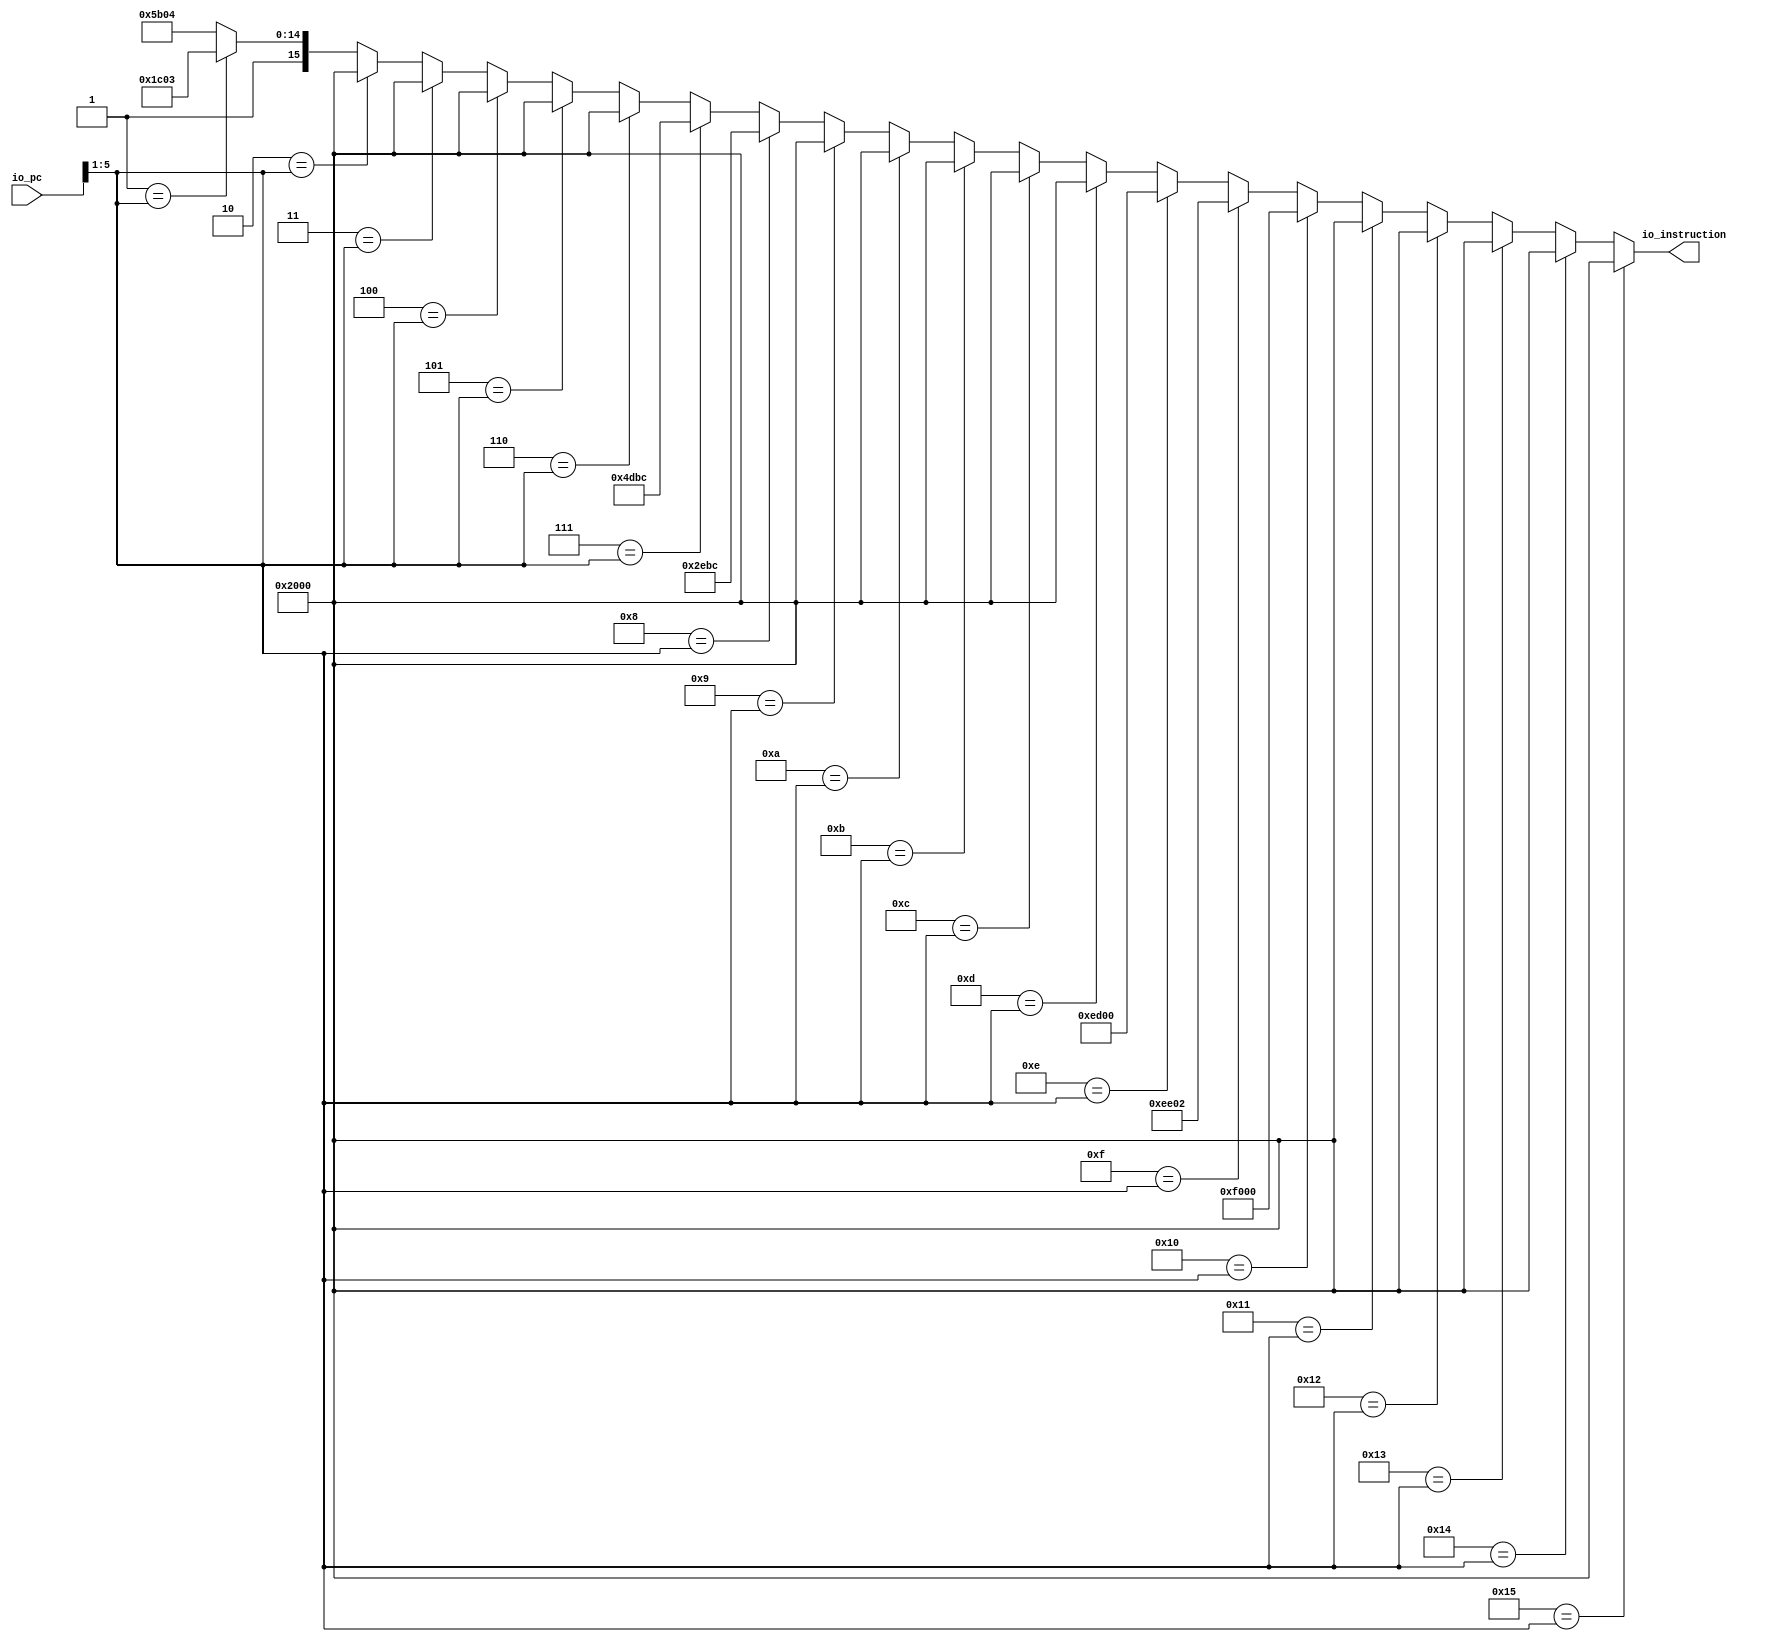
module InstructionMemory(
  input  [15:0] io_pc,
  output [15:0] io_instruction
);
  wire [15:0] _GEN_1 = 5'h1 == io_pc[5:1] ? 16'h9c03 : 16'hdb04; // @[InstructionMemory.scala 17:{18,18}]
  wire [15:0] _GEN_2 = 5'h2 == io_pc[5:1] ? 16'h2000 : _GEN_1; // @[InstructionMemory.scala 17:{18,18}]
  wire [15:0] _GEN_3 = 5'h3 == io_pc[5:1] ? 16'h2000 : _GEN_2; // @[InstructionMemory.scala 17:{18,18}]
  wire [15:0] _GEN_4 = 5'h4 == io_pc[5:1] ? 16'h2000 : _GEN_3; // @[InstructionMemory.scala 17:{18,18}]
  wire [15:0] _GEN_5 = 5'h5 == io_pc[5:1] ? 16'h2000 : _GEN_4; // @[InstructionMemory.scala 17:{18,18}]
  wire [15:0] _GEN_6 = 5'h6 == io_pc[5:1] ? 16'h2000 : _GEN_5; // @[InstructionMemory.scala 17:{18,18}]
  wire [15:0] _GEN_7 = 5'h7 == io_pc[5:1] ? 16'h4dbc : _GEN_6; // @[InstructionMemory.scala 17:{18,18}]
  wire [15:0] _GEN_8 = 5'h8 == io_pc[5:1] ? 16'h2ebc : _GEN_7; // @[InstructionMemory.scala 17:{18,18}]
  wire [15:0] _GEN_9 = 5'h9 == io_pc[5:1] ? 16'h2000 : _GEN_8; // @[InstructionMemory.scala 17:{18,18}]
  wire [15:0] _GEN_10 = 5'ha == io_pc[5:1] ? 16'h2000 : _GEN_9; // @[InstructionMemory.scala 17:{18,18}]
  wire [15:0] _GEN_11 = 5'hb == io_pc[5:1] ? 16'h2000 : _GEN_10; // @[InstructionMemory.scala 17:{18,18}]
  wire [15:0] _GEN_12 = 5'hc == io_pc[5:1] ? 16'h2000 : _GEN_11; // @[InstructionMemory.scala 17:{18,18}]
  wire [15:0] _GEN_13 = 5'hd == io_pc[5:1] ? 16'h2000 : _GEN_12; // @[InstructionMemory.scala 17:{18,18}]
  wire [15:0] _GEN_14 = 5'he == io_pc[5:1] ? 16'hed00 : _GEN_13; // @[InstructionMemory.scala 17:{18,18}]
  wire [15:0] _GEN_15 = 5'hf == io_pc[5:1] ? 16'hee02 : _GEN_14; // @[InstructionMemory.scala 17:{18,18}]
  wire [15:0] _GEN_16 = 5'h10 == io_pc[5:1] ? 16'hf000 : _GEN_15; // @[InstructionMemory.scala 17:{18,18}]
  wire [15:0] _GEN_17 = 5'h11 == io_pc[5:1] ? 16'h2000 : _GEN_16; // @[InstructionMemory.scala 17:{18,18}]
  wire [15:0] _GEN_18 = 5'h12 == io_pc[5:1] ? 16'h2000 : _GEN_17; // @[InstructionMemory.scala 17:{18,18}]
  wire [15:0] _GEN_19 = 5'h13 == io_pc[5:1] ? 16'h2000 : _GEN_18; // @[InstructionMemory.scala 17:{18,18}]
  wire [15:0] _GEN_20 = 5'h14 == io_pc[5:1] ? 16'h2000 : _GEN_19; // @[InstructionMemory.scala 17:{18,18}]
  assign io_instruction = 5'h15 == io_pc[5:1] ? 16'h2000 : _GEN_20; // @[InstructionMemory.scala 17:{18,18}]
endmodule
module FetchStage(
  input         clock,
  input         reset,
  input         io_branch_enable,
  input  [15:0] io_branch_pc,
  output [15:0] io_f2d_pc,
  output [15:0] io_f2d_instruction
);
`ifdef RANDOMIZE_REG_INIT
  reg [31:0] _RAND_0;
  reg [31:0] _RAND_1;
`endif // RANDOMIZE_REG_INIT
  wire [15:0] instructionMemory_io_pc; // @[FetchStage.scala 24:33]
  wire [15:0] instructionMemory_io_instruction; // @[FetchStage.scala 24:33]
  reg [15:0] pcReg; // @[FetchStage.scala 20:22]
  wire [15:0] _pc_T_1 = pcReg + 16'h2; // @[FetchStage.scala 21:54]
  reg [15:0] io_f2d_instruction_REG; // @[FetchStage.scala 28:32]
  InstructionMemory instructionMemory ( // @[FetchStage.scala 24:33]
    .io_pc(instructionMemory_io_pc),
    .io_instruction(instructionMemory_io_instruction)
  );
  assign io_f2d_pc = pcReg; // @[FetchStage.scala 27:13]
  assign io_f2d_instruction = io_f2d_instruction_REG; // @[FetchStage.scala 28:22]
  assign instructionMemory_io_pc = io_branch_enable ? io_branch_pc : _pc_T_1; // @[FetchStage.scala 21:15]
  always @(posedge clock) begin
    if (reset) begin // @[FetchStage.scala 20:22]
      pcReg <= 16'hfffe; // @[FetchStage.scala 20:22]
    end else if (io_branch_enable) begin // @[FetchStage.scala 21:15]
      pcReg <= io_branch_pc;
    end else begin
      pcReg <= _pc_T_1;
    end
    io_f2d_instruction_REG <= instructionMemory_io_instruction; // @[FetchStage.scala 28:32]
  end
// Register and memory initialization
`ifdef RANDOMIZE_GARBAGE_ASSIGN
`define RANDOMIZE
`endif
`ifdef RANDOMIZE_INVALID_ASSIGN
`define RANDOMIZE
`endif
`ifdef RANDOMIZE_REG_INIT
`define RANDOMIZE
`endif
`ifdef RANDOMIZE_MEM_INIT
`define RANDOMIZE
`endif
`ifndef RANDOM
`define RANDOM $random
`endif
`ifdef RANDOMIZE_MEM_INIT
  integer initvar;
`endif
`ifndef SYNTHESIS
`ifdef FIRRTL_BEFORE_INITIAL
`FIRRTL_BEFORE_INITIAL
`endif
initial begin
  `ifdef RANDOMIZE
    `ifdef INIT_RANDOM
      `INIT_RANDOM
    `endif
    `ifndef VERILATOR
      `ifdef RANDOMIZE_DELAY
        #`RANDOMIZE_DELAY begin end
      `else
        #0.002 begin end
      `endif
    `endif
`ifdef RANDOMIZE_REG_INIT
  _RAND_0 = {1{`RANDOM}};
  pcReg = _RAND_0[15:0];
  _RAND_1 = {1{`RANDOM}};
  io_f2d_instruction_REG = _RAND_1[15:0];
`endif // RANDOMIZE_REG_INIT
  `endif // RANDOMIZE
end // initial
`ifdef FIRRTL_AFTER_INITIAL
`FIRRTL_AFTER_INITIAL
`endif
`endif // SYNTHESIS
endmodule
module DecodeStage(
  input         clock,
  input         reset,
  input  [15:0] io_f2d_pc,
  input  [15:0] io_f2d_instruction,
  output [15:0] io_d2e_pc,
  output [15:0] io_d2e_instruction,
  output [15:0] io_d2e_rs1,
  output [15:0] io_d2e_rs2,
  input  [15:0] io_m2w_rd,
  input  [3:0]  io_m2w_rdAdress,
  input         io_m2w_writeBack
);
`ifdef RANDOMIZE_REG_INIT
  reg [31:0] _RAND_0;
  reg [31:0] _RAND_1;
  reg [31:0] _RAND_2;
  reg [31:0] _RAND_3;
  reg [31:0] _RAND_4;
  reg [31:0] _RAND_5;
  reg [31:0] _RAND_6;
  reg [31:0] _RAND_7;
  reg [31:0] _RAND_8;
  reg [31:0] _RAND_9;
  reg [31:0] _RAND_10;
  reg [31:0] _RAND_11;
  reg [31:0] _RAND_12;
  reg [31:0] _RAND_13;
  reg [31:0] _RAND_14;
  reg [31:0] _RAND_15;
  reg [31:0] _RAND_16;
  reg [31:0] _RAND_17;
  reg [31:0] _RAND_18;
  reg [31:0] _RAND_19;
`endif // RANDOMIZE_REG_INIT
  reg [15:0] registerFile_0; // @[DecodeStage.scala 18:29]
  reg [15:0] registerFile_1; // @[DecodeStage.scala 18:29]
  reg [15:0] registerFile_2; // @[DecodeStage.scala 18:29]
  reg [15:0] registerFile_3; // @[DecodeStage.scala 18:29]
  reg [15:0] registerFile_4; // @[DecodeStage.scala 18:29]
  reg [15:0] registerFile_5; // @[DecodeStage.scala 18:29]
  reg [15:0] registerFile_6; // @[DecodeStage.scala 18:29]
  reg [15:0] registerFile_7; // @[DecodeStage.scala 18:29]
  reg [15:0] registerFile_8; // @[DecodeStage.scala 18:29]
  reg [15:0] registerFile_9; // @[DecodeStage.scala 18:29]
  reg [15:0] registerFile_10; // @[DecodeStage.scala 18:29]
  reg [15:0] registerFile_11; // @[DecodeStage.scala 18:29]
  reg [15:0] registerFile_12; // @[DecodeStage.scala 18:29]
  reg [15:0] registerFile_13; // @[DecodeStage.scala 18:29]
  reg [15:0] registerFile_14; // @[DecodeStage.scala 18:29]
  reg [15:0] registerFile_15; // @[DecodeStage.scala 18:29]
  wire [3:0] opcode = io_f2d_instruction[15:12]; // @[DecodeStage.scala 22:27]
  reg [15:0] d2eReg_pc; // @[DecodeStage.scala 25:19]
  reg [15:0] d2eReg_instruction; // @[DecodeStage.scala 25:19]
  reg [15:0] d2eReg_rs1; // @[DecodeStage.scala 25:19]
  reg [15:0] d2eReg_rs2; // @[DecodeStage.scala 25:19]
  wire [3:0] _d2eReg_rs1_T_3 = opcode[3] ? io_f2d_instruction[7:4] : io_f2d_instruction[11:8]; // @[DecodeStage.scala 29:33]
  wire [15:0] _GEN_1 = 4'h1 == _d2eReg_rs1_T_3 ? registerFile_1 : registerFile_0; // @[DecodeStage.scala 29:{14,14}]
  wire [15:0] _GEN_2 = 4'h2 == _d2eReg_rs1_T_3 ? registerFile_2 : _GEN_1; // @[DecodeStage.scala 29:{14,14}]
  wire [15:0] _GEN_3 = 4'h3 == _d2eReg_rs1_T_3 ? registerFile_3 : _GEN_2; // @[DecodeStage.scala 29:{14,14}]
  wire [15:0] _GEN_4 = 4'h4 == _d2eReg_rs1_T_3 ? registerFile_4 : _GEN_3; // @[DecodeStage.scala 29:{14,14}]
  wire [15:0] _GEN_5 = 4'h5 == _d2eReg_rs1_T_3 ? registerFile_5 : _GEN_4; // @[DecodeStage.scala 29:{14,14}]
  wire [15:0] _GEN_6 = 4'h6 == _d2eReg_rs1_T_3 ? registerFile_6 : _GEN_5; // @[DecodeStage.scala 29:{14,14}]
  wire [15:0] _GEN_7 = 4'h7 == _d2eReg_rs1_T_3 ? registerFile_7 : _GEN_6; // @[DecodeStage.scala 29:{14,14}]
  wire [15:0] _GEN_8 = 4'h8 == _d2eReg_rs1_T_3 ? registerFile_8 : _GEN_7; // @[DecodeStage.scala 29:{14,14}]
  wire [15:0] _GEN_9 = 4'h9 == _d2eReg_rs1_T_3 ? registerFile_9 : _GEN_8; // @[DecodeStage.scala 29:{14,14}]
  wire [15:0] _GEN_10 = 4'ha == _d2eReg_rs1_T_3 ? registerFile_10 : _GEN_9; // @[DecodeStage.scala 29:{14,14}]
  wire [15:0] _GEN_11 = 4'hb == _d2eReg_rs1_T_3 ? registerFile_11 : _GEN_10; // @[DecodeStage.scala 29:{14,14}]
  wire [15:0] _GEN_17 = 4'h1 == io_f2d_instruction[3:0] ? registerFile_1 : registerFile_0; // @[DecodeStage.scala 30:{14,14}]
  wire [15:0] _GEN_18 = 4'h2 == io_f2d_instruction[3:0] ? registerFile_2 : _GEN_17; // @[DecodeStage.scala 30:{14,14}]
  wire [15:0] _GEN_19 = 4'h3 == io_f2d_instruction[3:0] ? registerFile_3 : _GEN_18; // @[DecodeStage.scala 30:{14,14}]
  wire [15:0] _GEN_20 = 4'h4 == io_f2d_instruction[3:0] ? registerFile_4 : _GEN_19; // @[DecodeStage.scala 30:{14,14}]
  wire [15:0] _GEN_21 = 4'h5 == io_f2d_instruction[3:0] ? registerFile_5 : _GEN_20; // @[DecodeStage.scala 30:{14,14}]
  wire [15:0] _GEN_22 = 4'h6 == io_f2d_instruction[3:0] ? registerFile_6 : _GEN_21; // @[DecodeStage.scala 30:{14,14}]
  wire [15:0] _GEN_23 = 4'h7 == io_f2d_instruction[3:0] ? registerFile_7 : _GEN_22; // @[DecodeStage.scala 30:{14,14}]
  wire [15:0] _GEN_24 = 4'h8 == io_f2d_instruction[3:0] ? registerFile_8 : _GEN_23; // @[DecodeStage.scala 30:{14,14}]
  wire [15:0] _GEN_25 = 4'h9 == io_f2d_instruction[3:0] ? registerFile_9 : _GEN_24; // @[DecodeStage.scala 30:{14,14}]
  wire [15:0] _GEN_26 = 4'ha == io_f2d_instruction[3:0] ? registerFile_10 : _GEN_25; // @[DecodeStage.scala 30:{14,14}]
  wire [15:0] _GEN_27 = 4'hb == io_f2d_instruction[3:0] ? registerFile_11 : _GEN_26; // @[DecodeStage.scala 30:{14,14}]
  assign io_d2e_pc = d2eReg_pc; // @[DecodeStage.scala 26:10]
  assign io_d2e_instruction = d2eReg_instruction; // @[DecodeStage.scala 26:10]
  assign io_d2e_rs1 = d2eReg_rs1; // @[DecodeStage.scala 26:10]
  assign io_d2e_rs2 = d2eReg_rs2; // @[DecodeStage.scala 26:10]
  always @(posedge clock) begin
    if (reset) begin // @[DecodeStage.scala 18:29]
      registerFile_0 <= 16'h0; // @[DecodeStage.scala 18:29]
    end else if (io_m2w_writeBack) begin // @[DecodeStage.scala 36:27]
      if (4'h0 == io_m2w_rdAdress) begin // @[DecodeStage.scala 37:36]
        registerFile_0 <= io_m2w_rd; // @[DecodeStage.scala 37:36]
      end
    end
    if (reset) begin // @[DecodeStage.scala 18:29]
      registerFile_1 <= 16'h0; // @[DecodeStage.scala 18:29]
    end else if (io_m2w_writeBack) begin // @[DecodeStage.scala 36:27]
      if (4'h1 == io_m2w_rdAdress) begin // @[DecodeStage.scala 37:36]
        registerFile_1 <= io_m2w_rd; // @[DecodeStage.scala 37:36]
      end
    end
    if (reset) begin // @[DecodeStage.scala 18:29]
      registerFile_2 <= 16'h0; // @[DecodeStage.scala 18:29]
    end else if (io_m2w_writeBack) begin // @[DecodeStage.scala 36:27]
      if (4'h2 == io_m2w_rdAdress) begin // @[DecodeStage.scala 37:36]
        registerFile_2 <= io_m2w_rd; // @[DecodeStage.scala 37:36]
      end
    end
    if (reset) begin // @[DecodeStage.scala 18:29]
      registerFile_3 <= 16'h0; // @[DecodeStage.scala 18:29]
    end else if (io_m2w_writeBack) begin // @[DecodeStage.scala 36:27]
      if (4'h3 == io_m2w_rdAdress) begin // @[DecodeStage.scala 37:36]
        registerFile_3 <= io_m2w_rd; // @[DecodeStage.scala 37:36]
      end
    end
    if (reset) begin // @[DecodeStage.scala 18:29]
      registerFile_4 <= 16'h0; // @[DecodeStage.scala 18:29]
    end else if (io_m2w_writeBack) begin // @[DecodeStage.scala 36:27]
      if (4'h4 == io_m2w_rdAdress) begin // @[DecodeStage.scala 37:36]
        registerFile_4 <= io_m2w_rd; // @[DecodeStage.scala 37:36]
      end
    end
    if (reset) begin // @[DecodeStage.scala 18:29]
      registerFile_5 <= 16'h0; // @[DecodeStage.scala 18:29]
    end else if (io_m2w_writeBack) begin // @[DecodeStage.scala 36:27]
      if (4'h5 == io_m2w_rdAdress) begin // @[DecodeStage.scala 37:36]
        registerFile_5 <= io_m2w_rd; // @[DecodeStage.scala 37:36]
      end
    end
    if (reset) begin // @[DecodeStage.scala 18:29]
      registerFile_6 <= 16'h0; // @[DecodeStage.scala 18:29]
    end else if (io_m2w_writeBack) begin // @[DecodeStage.scala 36:27]
      if (4'h6 == io_m2w_rdAdress) begin // @[DecodeStage.scala 37:36]
        registerFile_6 <= io_m2w_rd; // @[DecodeStage.scala 37:36]
      end
    end
    if (reset) begin // @[DecodeStage.scala 18:29]
      registerFile_7 <= 16'h0; // @[DecodeStage.scala 18:29]
    end else if (io_m2w_writeBack) begin // @[DecodeStage.scala 36:27]
      if (4'h7 == io_m2w_rdAdress) begin // @[DecodeStage.scala 37:36]
        registerFile_7 <= io_m2w_rd; // @[DecodeStage.scala 37:36]
      end
    end
    if (reset) begin // @[DecodeStage.scala 18:29]
      registerFile_8 <= 16'h0; // @[DecodeStage.scala 18:29]
    end else if (io_m2w_writeBack) begin // @[DecodeStage.scala 36:27]
      if (4'h8 == io_m2w_rdAdress) begin // @[DecodeStage.scala 37:36]
        registerFile_8 <= io_m2w_rd; // @[DecodeStage.scala 37:36]
      end
    end
    if (reset) begin // @[DecodeStage.scala 18:29]
      registerFile_9 <= 16'h0; // @[DecodeStage.scala 18:29]
    end else if (io_m2w_writeBack) begin // @[DecodeStage.scala 36:27]
      if (4'h9 == io_m2w_rdAdress) begin // @[DecodeStage.scala 37:36]
        registerFile_9 <= io_m2w_rd; // @[DecodeStage.scala 37:36]
      end
    end
    if (reset) begin // @[DecodeStage.scala 18:29]
      registerFile_10 <= 16'h0; // @[DecodeStage.scala 18:29]
    end else if (io_m2w_writeBack) begin // @[DecodeStage.scala 36:27]
      if (4'ha == io_m2w_rdAdress) begin // @[DecodeStage.scala 37:36]
        registerFile_10 <= io_m2w_rd; // @[DecodeStage.scala 37:36]
      end
    end
    if (reset) begin // @[DecodeStage.scala 18:29]
      registerFile_11 <= 16'h0; // @[DecodeStage.scala 18:29]
    end else if (io_m2w_writeBack) begin // @[DecodeStage.scala 36:27]
      if (4'hb == io_m2w_rdAdress) begin // @[DecodeStage.scala 37:36]
        registerFile_11 <= io_m2w_rd; // @[DecodeStage.scala 37:36]
      end
    end
    if (reset) begin // @[DecodeStage.scala 18:29]
      registerFile_12 <= 16'h0; // @[DecodeStage.scala 18:29]
    end else if (io_m2w_writeBack) begin // @[DecodeStage.scala 36:27]
      if (4'hc == io_m2w_rdAdress) begin // @[DecodeStage.scala 37:36]
        registerFile_12 <= io_m2w_rd; // @[DecodeStage.scala 37:36]
      end
    end
    if (reset) begin // @[DecodeStage.scala 18:29]
      registerFile_13 <= 16'h0; // @[DecodeStage.scala 18:29]
    end else if (io_m2w_writeBack) begin // @[DecodeStage.scala 36:27]
      if (4'hd == io_m2w_rdAdress) begin // @[DecodeStage.scala 37:36]
        registerFile_13 <= io_m2w_rd; // @[DecodeStage.scala 37:36]
      end
    end
    if (reset) begin // @[DecodeStage.scala 18:29]
      registerFile_14 <= 16'h0; // @[DecodeStage.scala 18:29]
    end else if (io_m2w_writeBack) begin // @[DecodeStage.scala 36:27]
      if (4'he == io_m2w_rdAdress) begin // @[DecodeStage.scala 37:36]
        registerFile_14 <= io_m2w_rd; // @[DecodeStage.scala 37:36]
      end
    end
    if (reset) begin // @[DecodeStage.scala 18:29]
      registerFile_15 <= 16'h0; // @[DecodeStage.scala 18:29]
    end else if (io_m2w_writeBack) begin // @[DecodeStage.scala 36:27]
      if (4'hf == io_m2w_rdAdress) begin // @[DecodeStage.scala 37:36]
        registerFile_15 <= io_m2w_rd; // @[DecodeStage.scala 37:36]
      end
    end
    d2eReg_pc <= io_f2d_pc; // @[DecodeStage.scala 27:13]
    d2eReg_instruction <= io_f2d_instruction; // @[DecodeStage.scala 28:22]
    if (4'hf == _d2eReg_rs1_T_3) begin // @[DecodeStage.scala 29:14]
      d2eReg_rs1 <= registerFile_15; // @[DecodeStage.scala 29:14]
    end else if (4'he == _d2eReg_rs1_T_3) begin // @[DecodeStage.scala 29:14]
      d2eReg_rs1 <= registerFile_14; // @[DecodeStage.scala 29:14]
    end else if (4'hd == _d2eReg_rs1_T_3) begin // @[DecodeStage.scala 29:14]
      d2eReg_rs1 <= registerFile_13; // @[DecodeStage.scala 29:14]
    end else if (4'hc == _d2eReg_rs1_T_3) begin // @[DecodeStage.scala 29:14]
      d2eReg_rs1 <= registerFile_12; // @[DecodeStage.scala 29:14]
    end else begin
      d2eReg_rs1 <= _GEN_11;
    end
    if (4'hf == io_f2d_instruction[3:0]) begin // @[DecodeStage.scala 30:14]
      d2eReg_rs2 <= registerFile_15; // @[DecodeStage.scala 30:14]
    end else if (4'he == io_f2d_instruction[3:0]) begin // @[DecodeStage.scala 30:14]
      d2eReg_rs2 <= registerFile_14; // @[DecodeStage.scala 30:14]
    end else if (4'hd == io_f2d_instruction[3:0]) begin // @[DecodeStage.scala 30:14]
      d2eReg_rs2 <= registerFile_13; // @[DecodeStage.scala 30:14]
    end else if (4'hc == io_f2d_instruction[3:0]) begin // @[DecodeStage.scala 30:14]
      d2eReg_rs2 <= registerFile_12; // @[DecodeStage.scala 30:14]
    end else begin
      d2eReg_rs2 <= _GEN_27;
    end
  end
// Register and memory initialization
`ifdef RANDOMIZE_GARBAGE_ASSIGN
`define RANDOMIZE
`endif
`ifdef RANDOMIZE_INVALID_ASSIGN
`define RANDOMIZE
`endif
`ifdef RANDOMIZE_REG_INIT
`define RANDOMIZE
`endif
`ifdef RANDOMIZE_MEM_INIT
`define RANDOMIZE
`endif
`ifndef RANDOM
`define RANDOM $random
`endif
`ifdef RANDOMIZE_MEM_INIT
  integer initvar;
`endif
`ifndef SYNTHESIS
`ifdef FIRRTL_BEFORE_INITIAL
`FIRRTL_BEFORE_INITIAL
`endif
initial begin
  `ifdef RANDOMIZE
    `ifdef INIT_RANDOM
      `INIT_RANDOM
    `endif
    `ifndef VERILATOR
      `ifdef RANDOMIZE_DELAY
        #`RANDOMIZE_DELAY begin end
      `else
        #0.002 begin end
      `endif
    `endif
`ifdef RANDOMIZE_REG_INIT
  _RAND_0 = {1{`RANDOM}};
  registerFile_0 = _RAND_0[15:0];
  _RAND_1 = {1{`RANDOM}};
  registerFile_1 = _RAND_1[15:0];
  _RAND_2 = {1{`RANDOM}};
  registerFile_2 = _RAND_2[15:0];
  _RAND_3 = {1{`RANDOM}};
  registerFile_3 = _RAND_3[15:0];
  _RAND_4 = {1{`RANDOM}};
  registerFile_4 = _RAND_4[15:0];
  _RAND_5 = {1{`RANDOM}};
  registerFile_5 = _RAND_5[15:0];
  _RAND_6 = {1{`RANDOM}};
  registerFile_6 = _RAND_6[15:0];
  _RAND_7 = {1{`RANDOM}};
  registerFile_7 = _RAND_7[15:0];
  _RAND_8 = {1{`RANDOM}};
  registerFile_8 = _RAND_8[15:0];
  _RAND_9 = {1{`RANDOM}};
  registerFile_9 = _RAND_9[15:0];
  _RAND_10 = {1{`RANDOM}};
  registerFile_10 = _RAND_10[15:0];
  _RAND_11 = {1{`RANDOM}};
  registerFile_11 = _RAND_11[15:0];
  _RAND_12 = {1{`RANDOM}};
  registerFile_12 = _RAND_12[15:0];
  _RAND_13 = {1{`RANDOM}};
  registerFile_13 = _RAND_13[15:0];
  _RAND_14 = {1{`RANDOM}};
  registerFile_14 = _RAND_14[15:0];
  _RAND_15 = {1{`RANDOM}};
  registerFile_15 = _RAND_15[15:0];
  _RAND_16 = {1{`RANDOM}};
  d2eReg_pc = _RAND_16[15:0];
  _RAND_17 = {1{`RANDOM}};
  d2eReg_instruction = _RAND_17[15:0];
  _RAND_18 = {1{`RANDOM}};
  d2eReg_rs1 = _RAND_18[15:0];
  _RAND_19 = {1{`RANDOM}};
  d2eReg_rs2 = _RAND_19[15:0];
`endif // RANDOMIZE_REG_INIT
  `endif // RANDOMIZE
end // initial
`ifdef FIRRTL_AFTER_INITIAL
`FIRRTL_AFTER_INITIAL
`endif
`endif // SYNTHESIS
endmodule
module ExecuteStage(
  input         clock,
  input         reset,
  output        io_branch_enable,
  output [15:0] io_branch_pc,
  input  [15:0] io_d2e_pc,
  input  [15:0] io_d2e_instruction,
  input  [15:0] io_d2e_rs1,
  input  [15:0] io_d2e_rs2,
  output [15:0] io_e2m_resultOrAdress,
  output [15:0] io_e2m_rdAdressOrStoreValue,
  output        io_e2m_writeBack,
  output        io_e2m_store,
  output        io_e2m_load
);
`ifdef RANDOMIZE_REG_INIT
  reg [31:0] _RAND_0;
  reg [31:0] _RAND_1;
  reg [31:0] _RAND_2;
  reg [31:0] _RAND_3;
  reg [31:0] _RAND_4;
`endif // RANDOMIZE_REG_INIT
  reg [15:0] e2mReg_resultOrAdress; // @[ExecuteStage.scala 38:23]
  reg [15:0] e2mReg_rdAdressOrStoreValue; // @[ExecuteStage.scala 38:23]
  reg  e2mReg_writeBack; // @[ExecuteStage.scala 38:23]
  reg  e2mReg_store; // @[ExecuteStage.scala 38:23]
  reg  e2mReg_load; // @[ExecuteStage.scala 38:23]
  wire [3:0] opcode = io_d2e_instruction[15:12]; // @[ExecuteStage.scala 41:34]
  wire [15:0] _GEN_0 = 4'hf == opcode ? io_d2e_pc : 16'h0; // @[ExecuteStage.scala 125:14 44:27 74:38]
  wire [15:0] _GEN_2 = 4'hc == opcode ? io_d2e_pc : _GEN_0; // @[ExecuteStage.scala 118:14 74:38]
  wire [15:0] _GEN_4 = 4'he == opcode ? io_d2e_pc : _GEN_2; // @[ExecuteStage.scala 114:14 74:38]
  wire [15:0] _GEN_7 = 4'hb == opcode ? 16'h0 : _GEN_4; // @[ExecuteStage.scala 44:27 74:38]
  wire [15:0] _GEN_10 = 4'ha == opcode ? 16'h0 : _GEN_7; // @[ExecuteStage.scala 44:27 74:38]
  wire [15:0] _GEN_12 = 4'h8 == opcode | 4'h9 == opcode ? io_d2e_rs1 : _GEN_10; // @[ExecuteStage.scala 104:14 74:38]
  wire [15:0] _GEN_16 = 4'h7 == opcode ? 16'h0 : _GEN_12; // @[ExecuteStage.scala 44:27 74:38]
  wire [15:0] _GEN_19 = 4'h6 == opcode ? 16'h0 : _GEN_16; // @[ExecuteStage.scala 44:27 74:38]
  wire [15:0] _GEN_22 = 4'h5 == opcode ? 16'h0 : _GEN_19; // @[ExecuteStage.scala 44:27 74:38]
  wire [15:0] _GEN_25 = 4'h4 == opcode ? 16'h0 : _GEN_22; // @[ExecuteStage.scala 44:27 74:38]
  wire [15:0] _GEN_27 = 4'h3 == opcode ? io_d2e_rs1 : _GEN_25; // @[ExecuteStage.scala 74:38 86:14]
  wire [15:0] _GEN_30 = 4'h2 == opcode ? io_d2e_rs1 : _GEN_27; // @[ExecuteStage.scala 74:38 82:14]
  wire [15:0] _GEN_34 = 4'h1 == opcode ? 16'h0 : _GEN_30; // @[ExecuteStage.scala 44:27 74:38]
  wire [15:0] toAdd1 = 4'h0 == opcode ? 16'h0 : _GEN_34; // @[ExecuteStage.scala 44:27 74:38]
  wire [15:0] _toAdd2_T = io_d2e_rs2; // @[ExecuteStage.scala 87:31]
  wire [15:0] _toAdd2_T_4 = 16'sh0 - $signed(io_d2e_rs2); // @[ExecuteStage.scala 87:39]
  wire [7:0] _toAdd2Temp_T_1 = io_d2e_instruction[7:0]; // @[ExecuteStage.scala 121:46]
  wire [15:0] _toAdd2_T_6 = {{8{_toAdd2Temp_T_1[7]}},_toAdd2Temp_T_1}; // @[ExecuteStage.scala 122:28]
  wire [11:0] _toAdd2Temp_T_3 = io_d2e_instruction[11:0]; // @[ExecuteStage.scala 128:47]
  wire [15:0] _toAdd2_T_7 = {{4{_toAdd2Temp_T_3[11]}},_toAdd2Temp_T_3}; // @[ExecuteStage.scala 129:28]
  wire [15:0] _GEN_1 = 4'hf == opcode ? _toAdd2_T_7 : 16'h0; // @[ExecuteStage.scala 129:14 45:27 74:38]
  wire [15:0] _GEN_3 = 4'hc == opcode ? _toAdd2_T_6 : _GEN_1; // @[ExecuteStage.scala 122:14 74:38]
  wire [15:0] _GEN_5 = 4'he == opcode ? 16'h2 : _GEN_3; // @[ExecuteStage.scala 115:14 74:38]
  wire [15:0] _GEN_8 = 4'hb == opcode ? 16'h0 : _GEN_5; // @[ExecuteStage.scala 45:27 74:38]
  wire [15:0] _GEN_11 = 4'ha == opcode ? 16'h0 : _GEN_8; // @[ExecuteStage.scala 45:27 74:38]
  wire [15:0] _GEN_13 = 4'h8 == opcode | 4'h9 == opcode ? {{12'd0}, io_d2e_instruction[3:0]} : _GEN_11; // @[ExecuteStage.scala 105:14 74:38]
  wire [15:0] _GEN_17 = 4'h7 == opcode ? 16'h0 : _GEN_13; // @[ExecuteStage.scala 45:27 74:38]
  wire [15:0] _GEN_20 = 4'h6 == opcode ? 16'h0 : _GEN_17; // @[ExecuteStage.scala 45:27 74:38]
  wire [15:0] _GEN_23 = 4'h5 == opcode ? 16'h0 : _GEN_20; // @[ExecuteStage.scala 45:27 74:38]
  wire [15:0] _GEN_26 = 4'h4 == opcode ? 16'h0 : _GEN_23; // @[ExecuteStage.scala 45:27 74:38]
  wire [15:0] _GEN_28 = 4'h3 == opcode ? _toAdd2_T_4 : _GEN_26; // @[ExecuteStage.scala 74:38 87:14]
  wire [15:0] _GEN_31 = 4'h2 == opcode ? io_d2e_rs2 : _GEN_28; // @[ExecuteStage.scala 74:38 83:14]
  wire [15:0] _GEN_35 = 4'h1 == opcode ? 16'h0 : _GEN_31; // @[ExecuteStage.scala 45:27 74:38]
  wire [15:0] toAdd2 = 4'h0 == opcode ? 16'h0 : _GEN_35; // @[ExecuteStage.scala 45:27 74:38]
  wire [15:0] added = toAdd1 + toAdd2; // @[ExecuteStage.scala 46:34]
  wire  _io_branch_enable_T = opcode == 4'hd; // @[ExecuteStage.scala 51:14]
  wire  _io_branch_enable_T_1 = opcode == 4'he; // @[ExecuteStage.scala 52:14]
  wire  _io_branch_enable_T_2 = opcode == 4'hd | _io_branch_enable_T_1; // @[ExecuteStage.scala 51:28]
  wire  _io_branch_enable_T_3 = opcode == 4'hf; // @[ExecuteStage.scala 53:14]
  wire  _io_branch_enable_T_4 = _io_branch_enable_T_2 | _io_branch_enable_T_3; // @[ExecuteStage.scala 52:30]
  wire  _io_branch_enable_T_5 = opcode == 4'hc; // @[ExecuteStage.scala 54:14]
  wire  _io_branch_enable_T_6 = io_d2e_rs1 == 16'h0; // @[ExecuteStage.scala 55:18]
  wire  _io_branch_enable_T_7 = opcode == 4'hc & _io_branch_enable_T_6; // @[ExecuteStage.scala 54:29]
  wire  _e2mReg_rdAdressOrStoreValue_T = opcode == 4'h9; // @[ExecuteStage.scala 63:46]
  wire [15:0] _e2mReg_resultOrAdress_T = io_d2e_rs1 & io_d2e_rs2; // @[ExecuteStage.scala 76:43]
  wire [15:0] _e2mReg_resultOrAdress_T_1 = io_d2e_rs1 | io_d2e_rs2; // @[ExecuteStage.scala 79:45]
  wire [15:0] _e2mReg_resultOrAdress_T_2 = ~_e2mReg_resultOrAdress_T_1; // @[ExecuteStage.scala 79:32]
  wire [15:0] _e2mReg_resultOrAdress_T_5 = 16'h0 - io_d2e_rs2; // @[ExecuteStage.scala 91:67]
  wire [15:0] _e2mReg_resultOrAdress_T_6 = io_d2e_rs1 >> _e2mReg_resultOrAdress_T_5; // @[ExecuteStage.scala 91:63]
  wire [65550:0] _GEN_37 = {{65535'd0}, io_d2e_rs1}; // @[ExecuteStage.scala 91:99]
  wire [65550:0] _e2mReg_resultOrAdress_T_7 = _GEN_37 << io_d2e_rs2; // @[ExecuteStage.scala 91:99]
  wire [65550:0] _e2mReg_resultOrAdress_T_8 = io_d2e_rs2[15] ? {{65535'd0}, _e2mReg_resultOrAdress_T_6} :
    _e2mReg_resultOrAdress_T_7; // @[ExecuteStage.scala 91:35]
  wire [15:0] _e2mReg_resultOrAdress_T_9 = io_d2e_rs1; // @[ExecuteStage.scala 94:44]
  wire [16:0] _e2mReg_resultOrAdress_T_15 = $signed(io_d2e_rs1) / $signed(io_d2e_rs2); // @[ExecuteStage.scala 98:72]
  wire [31:0] _e2mReg_resultOrAdress_T_19 = $signed(io_d2e_rs1) * $signed(io_d2e_rs2); // @[ExecuteStage.scala 101:72]
  wire [15:0] _e2mReg_resultOrAdress_T_22 = {io_d2e_instruction[7:0],io_d2e_rs1[7:0]}; // @[ExecuteStage.scala 108:57]
  wire [15:0] _e2mReg_resultOrAdress_T_25 = {io_d2e_rs1[15:8],io_d2e_instruction[7:0]}; // @[ExecuteStage.scala 111:50]
  wire [15:0] _GEN_6 = 4'hb == opcode ? _e2mReg_resultOrAdress_T_25 : added; // @[ExecuteStage.scala 111:29 59:25 74:38]
  wire [15:0] _GEN_9 = 4'ha == opcode ? _e2mReg_resultOrAdress_T_22 : _GEN_6; // @[ExecuteStage.scala 108:29 74:38]
  wire [15:0] _GEN_14 = 4'h8 == opcode | 4'h9 == opcode ? added : _GEN_9; // @[ExecuteStage.scala 59:25 74:38]
  wire [31:0] _GEN_15 = 4'h7 == opcode ? _e2mReg_resultOrAdress_T_19 : {{16'd0}, _GEN_14}; // @[ExecuteStage.scala 101:29 74:38]
  wire [31:0] _GEN_18 = 4'h6 == opcode ? {{15'd0}, _e2mReg_resultOrAdress_T_15} : _GEN_15; // @[ExecuteStage.scala 74:38 98:29]
  wire [31:0] _GEN_21 = 4'h5 == opcode ? {{31'd0}, $signed(_e2mReg_resultOrAdress_T_9) < $signed(_toAdd2_T)} : _GEN_18; // @[ExecuteStage.scala 74:38 94:29]
  wire [65550:0] _GEN_24 = 4'h4 == opcode ? _e2mReg_resultOrAdress_T_8 : {{65519'd0}, _GEN_21}; // @[ExecuteStage.scala 74:38 91:29]
  wire [65550:0] _GEN_29 = 4'h3 == opcode ? {{65535'd0}, added} : _GEN_24; // @[ExecuteStage.scala 59:25 74:38]
  wire [65550:0] _GEN_32 = 4'h2 == opcode ? {{65535'd0}, added} : _GEN_29; // @[ExecuteStage.scala 59:25 74:38]
  wire [65550:0] _GEN_33 = 4'h1 == opcode ? {{65535'd0}, _e2mReg_resultOrAdress_T_2} : _GEN_32; // @[ExecuteStage.scala 74:38 79:29]
  wire [65550:0] _GEN_36 = 4'h0 == opcode ? {{65535'd0}, _e2mReg_resultOrAdress_T} : _GEN_33; // @[ExecuteStage.scala 74:38 76:29]
  wire [65550:0] _GEN_39 = reset ? 65551'h0 : _GEN_36; // @[ExecuteStage.scala 38:{23,23}]
  assign io_branch_enable = _io_branch_enable_T_4 | _io_branch_enable_T_7; // @[ExecuteStage.scala 53:27]
  assign io_branch_pc = _io_branch_enable_T_1 | _io_branch_enable_T ? io_d2e_rs1 : added; // @[ExecuteStage.scala 58:22]
  assign io_e2m_resultOrAdress = e2mReg_resultOrAdress; // @[ExecuteStage.scala 39:10]
  assign io_e2m_rdAdressOrStoreValue = e2mReg_rdAdressOrStoreValue; // @[ExecuteStage.scala 39:10]
  assign io_e2m_writeBack = e2mReg_writeBack; // @[ExecuteStage.scala 39:10]
  assign io_e2m_store = e2mReg_store; // @[ExecuteStage.scala 39:10]
  assign io_e2m_load = e2mReg_load; // @[ExecuteStage.scala 39:10]
  always @(posedge clock) begin
    e2mReg_resultOrAdress <= _GEN_39[15:0]; // @[ExecuteStage.scala 38:{23,23}]
    if (reset) begin // @[ExecuteStage.scala 38:23]
      e2mReg_rdAdressOrStoreValue <= 16'h0; // @[ExecuteStage.scala 38:23]
    end else if (opcode == 4'h9) begin // @[ExecuteStage.scala 63:38]
      e2mReg_rdAdressOrStoreValue <= io_d2e_rs1;
    end else begin
      e2mReg_rdAdressOrStoreValue <= {{12'd0}, io_d2e_instruction[11:8]};
    end
    if (reset) begin // @[ExecuteStage.scala 38:23]
      e2mReg_writeBack <= 1'h0; // @[ExecuteStage.scala 38:23]
    end else begin
      e2mReg_writeBack <= ~(_e2mReg_rdAdressOrStoreValue_T | _io_branch_enable_T_3 | _io_branch_enable_T |
        _io_branch_enable_T_5); // @[ExecuteStage.scala 66:20]
    end
    if (reset) begin // @[ExecuteStage.scala 38:23]
      e2mReg_store <= 1'h0; // @[ExecuteStage.scala 38:23]
    end else begin
      e2mReg_store <= _e2mReg_rdAdressOrStoreValue_T; // @[ExecuteStage.scala 69:16]
    end
    if (reset) begin // @[ExecuteStage.scala 38:23]
      e2mReg_load <= 1'h0; // @[ExecuteStage.scala 38:23]
    end else begin
      e2mReg_load <= opcode == 4'h8; // @[ExecuteStage.scala 71:15]
    end
  end
// Register and memory initialization
`ifdef RANDOMIZE_GARBAGE_ASSIGN
`define RANDOMIZE
`endif
`ifdef RANDOMIZE_INVALID_ASSIGN
`define RANDOMIZE
`endif
`ifdef RANDOMIZE_REG_INIT
`define RANDOMIZE
`endif
`ifdef RANDOMIZE_MEM_INIT
`define RANDOMIZE
`endif
`ifndef RANDOM
`define RANDOM $random
`endif
`ifdef RANDOMIZE_MEM_INIT
  integer initvar;
`endif
`ifndef SYNTHESIS
`ifdef FIRRTL_BEFORE_INITIAL
`FIRRTL_BEFORE_INITIAL
`endif
initial begin
  `ifdef RANDOMIZE
    `ifdef INIT_RANDOM
      `INIT_RANDOM
    `endif
    `ifndef VERILATOR
      `ifdef RANDOMIZE_DELAY
        #`RANDOMIZE_DELAY begin end
      `else
        #0.002 begin end
      `endif
    `endif
`ifdef RANDOMIZE_REG_INIT
  _RAND_0 = {1{`RANDOM}};
  e2mReg_resultOrAdress = _RAND_0[15:0];
  _RAND_1 = {1{`RANDOM}};
  e2mReg_rdAdressOrStoreValue = _RAND_1[15:0];
  _RAND_2 = {1{`RANDOM}};
  e2mReg_writeBack = _RAND_2[0:0];
  _RAND_3 = {1{`RANDOM}};
  e2mReg_store = _RAND_3[0:0];
  _RAND_4 = {1{`RANDOM}};
  e2mReg_load = _RAND_4[0:0];
`endif // RANDOMIZE_REG_INIT
  `endif // RANDOMIZE
end // initial
`ifdef FIRRTL_AFTER_INITIAL
`FIRRTL_AFTER_INITIAL
`endif
`endif // SYNTHESIS
endmodule
module MemoryStage(
  input         clock,
  output [15:0] io_data_adress,
  output        io_data_read,
  input  [15:0] io_data_readValue,
  output        io_data_write,
  output [15:0] io_data_writeValue,
  input  [15:0] io_e2m_resultOrAdress,
  input  [15:0] io_e2m_rdAdressOrStoreValue,
  input         io_e2m_writeBack,
  input         io_e2m_store,
  input         io_e2m_load,
  output [15:0] io_m2w_rd,
  output [3:0]  io_m2w_rdAdress,
  output        io_m2w_writeBack
);
`ifdef RANDOMIZE_REG_INIT
  reg [31:0] _RAND_0;
`endif // RANDOMIZE_REG_INIT
  reg [15:0] writeValueReg; // @[MemoryStage.scala 21:30]
  assign io_data_adress = io_e2m_resultOrAdress; // @[MemoryStage.scala 17:18]
  assign io_data_read = io_e2m_load; // @[MemoryStage.scala 20:16]
  assign io_data_write = io_e2m_store; // @[MemoryStage.scala 19:17]
  assign io_data_writeValue = io_e2m_rdAdressOrStoreValue; // @[MemoryStage.scala 18:22]
  assign io_m2w_rd = io_e2m_load ? io_data_readValue : writeValueReg; // @[MemoryStage.scala 22:21 23:16 25:16]
  assign io_m2w_rdAdress = io_e2m_rdAdressOrStoreValue[3:0]; // @[MemoryStage.scala 27:51]
  assign io_m2w_writeBack = io_e2m_load | io_e2m_writeBack; // @[MemoryStage.scala 28:35]
  always @(posedge clock) begin
    writeValueReg <= io_e2m_rdAdressOrStoreValue; // @[MemoryStage.scala 21:30]
  end
// Register and memory initialization
`ifdef RANDOMIZE_GARBAGE_ASSIGN
`define RANDOMIZE
`endif
`ifdef RANDOMIZE_INVALID_ASSIGN
`define RANDOMIZE
`endif
`ifdef RANDOMIZE_REG_INIT
`define RANDOMIZE
`endif
`ifdef RANDOMIZE_MEM_INIT
`define RANDOMIZE
`endif
`ifndef RANDOM
`define RANDOM $random
`endif
`ifdef RANDOMIZE_MEM_INIT
  integer initvar;
`endif
`ifndef SYNTHESIS
`ifdef FIRRTL_BEFORE_INITIAL
`FIRRTL_BEFORE_INITIAL
`endif
initial begin
  `ifdef RANDOMIZE
    `ifdef INIT_RANDOM
      `INIT_RANDOM
    `endif
    `ifndef VERILATOR
      `ifdef RANDOMIZE_DELAY
        #`RANDOMIZE_DELAY begin end
      `else
        #0.002 begin end
      `endif
    `endif
`ifdef RANDOMIZE_REG_INIT
  _RAND_0 = {1{`RANDOM}};
  writeValueReg = _RAND_0[15:0];
`endif // RANDOMIZE_REG_INIT
  `endif // RANDOMIZE
end // initial
`ifdef FIRRTL_AFTER_INITIAL
`FIRRTL_AFTER_INITIAL
`endif
`endif // SYNTHESIS
endmodule
module DataMemory(
  input         clock,
  input         reset,
  input  [15:0] io_data_adress,
  input         io_data_read,
  output [15:0] io_data_readValue,
  input         io_data_write,
  input  [15:0] io_data_writeValue,
  output [15:0] io_leds,
  output [15:0] io_displayValue,
  input  [15:0] io_switches
);
`ifdef RANDOMIZE_GARBAGE_ASSIGN
  reg [31:0] _RAND_1;
  reg [31:0] _RAND_2;
`endif // RANDOMIZE_GARBAGE_ASSIGN
`ifdef RANDOMIZE_MEM_INIT
  reg [31:0] _RAND_0;
`endif // RANDOMIZE_MEM_INIT
`ifdef RANDOMIZE_REG_INIT
  reg [31:0] _RAND_3;
  reg [31:0] _RAND_4;
  reg [31:0] _RAND_5;
  reg [31:0] _RAND_6;
  reg [31:0] _RAND_7;
  reg [31:0] _RAND_8;
  reg [31:0] _RAND_9;
`endif // RANDOMIZE_REG_INIT
  reg [7:0] memory [0:17]; // @[DataMemory.scala 22:27]
  wire  memory_lsB_en; // @[DataMemory.scala 22:27]
  wire [4:0] memory_lsB_addr; // @[DataMemory.scala 22:27]
  wire [7:0] memory_lsB_data; // @[DataMemory.scala 22:27]
  wire  memory_msB_en; // @[DataMemory.scala 22:27]
  wire [4:0] memory_msB_addr; // @[DataMemory.scala 22:27]
  wire [7:0] memory_msB_data; // @[DataMemory.scala 22:27]
  wire [7:0] memory_MPORT_data; // @[DataMemory.scala 22:27]
  wire [4:0] memory_MPORT_addr; // @[DataMemory.scala 22:27]
  wire  memory_MPORT_mask; // @[DataMemory.scala 22:27]
  wire  memory_MPORT_en; // @[DataMemory.scala 22:27]
  wire [7:0] memory_MPORT_1_data; // @[DataMemory.scala 22:27]
  wire [4:0] memory_MPORT_1_addr; // @[DataMemory.scala 22:27]
  wire  memory_MPORT_1_mask; // @[DataMemory.scala 22:27]
  wire  memory_MPORT_1_en; // @[DataMemory.scala 22:27]
  reg  memory_lsB_en_pipe_0;
  reg [4:0] memory_lsB_addr_pipe_0;
  reg  memory_msB_en_pipe_0;
  reg [4:0] memory_msB_addr_pipe_0;
  wire [15:0] _msB_T_1 = io_data_adress + 16'h1; // @[DataMemory.scala 31:40]
  wire [15:0] _io_data_readValue_T = {memory_msB_data,memory_lsB_data}; // @[DataMemory.scala 32:28]
  reg [15:0] leds; // @[DataMemory.scala 46:21]
  reg [15:0] displayValue; // @[DataMemory.scala 47:29]
  reg [15:0] switches; // @[DataMemory.scala 48:25]
  assign memory_lsB_en = memory_lsB_en_pipe_0;
  assign memory_lsB_addr = memory_lsB_addr_pipe_0;
  `ifndef RANDOMIZE_GARBAGE_ASSIGN
  assign memory_lsB_data = memory[memory_lsB_addr]; // @[DataMemory.scala 22:27]
  `else
  assign memory_lsB_data = memory_lsB_addr >= 5'h12 ? _RAND_1[7:0] : memory[memory_lsB_addr]; // @[DataMemory.scala 22:27]
  `endif // RANDOMIZE_GARBAGE_ASSIGN
  assign memory_msB_en = memory_msB_en_pipe_0;
  assign memory_msB_addr = memory_msB_addr_pipe_0;
  `ifndef RANDOMIZE_GARBAGE_ASSIGN
  assign memory_msB_data = memory[memory_msB_addr]; // @[DataMemory.scala 22:27]
  `else
  assign memory_msB_data = memory_msB_addr >= 5'h12 ? _RAND_2[7:0] : memory[memory_msB_addr]; // @[DataMemory.scala 22:27]
  `endif // RANDOMIZE_GARBAGE_ASSIGN
  assign memory_MPORT_data = io_data_writeValue[7:0];
  assign memory_MPORT_addr = io_data_adress[4:0];
  assign memory_MPORT_mask = 1'h1;
  assign memory_MPORT_en = io_data_write;
  assign memory_MPORT_1_data = io_data_writeValue[15:8];
  assign memory_MPORT_1_addr = _msB_T_1[4:0];
  assign memory_MPORT_1_mask = 1'h1;
  assign memory_MPORT_1_en = io_data_write;
  assign io_data_readValue = io_data_adress == 16'h4 ? switches : _io_data_readValue_T; // @[DataMemory.scala 32:21 64:32 65:23]
  assign io_leds = leds; // @[DataMemory.scala 51:11]
  assign io_displayValue = displayValue; // @[DataMemory.scala 52:19]
  always @(posedge clock) begin
    if (memory_MPORT_en & memory_MPORT_mask) begin
      memory[memory_MPORT_addr] <= memory_MPORT_data; // @[DataMemory.scala 22:27]
    end
    if (memory_MPORT_1_en & memory_MPORT_1_mask) begin
      memory[memory_MPORT_1_addr] <= memory_MPORT_1_data; // @[DataMemory.scala 22:27]
    end
    memory_lsB_en_pipe_0 <= io_data_read;
    if (io_data_read) begin
      memory_lsB_addr_pipe_0 <= io_data_adress[4:0];
    end
    memory_msB_en_pipe_0 <= io_data_read;
    if (io_data_read) begin
      memory_msB_addr_pipe_0 <= _msB_T_1[4:0];
    end
    if (reset) begin // @[DataMemory.scala 46:21]
      leds <= 16'h0; // @[DataMemory.scala 46:21]
    end else if (io_data_write) begin // @[DataMemory.scala 56:23]
      if (io_data_adress == 16'h0) begin // @[DataMemory.scala 57:34]
        leds <= io_data_writeValue; // @[DataMemory.scala 58:12]
      end
    end
    if (reset) begin // @[DataMemory.scala 47:29]
      displayValue <= 16'h0; // @[DataMemory.scala 47:29]
    end else if (io_data_write) begin // @[DataMemory.scala 56:23]
      if (io_data_adress == 16'h2) begin // @[DataMemory.scala 60:34]
        displayValue <= io_data_writeValue; // @[DataMemory.scala 61:20]
      end
    end
    switches <= io_switches; // @[DataMemory.scala 48:25]
  end
// Register and memory initialization
`ifdef RANDOMIZE_GARBAGE_ASSIGN
`define RANDOMIZE
`endif
`ifdef RANDOMIZE_INVALID_ASSIGN
`define RANDOMIZE
`endif
`ifdef RANDOMIZE_REG_INIT
`define RANDOMIZE
`endif
`ifdef RANDOMIZE_MEM_INIT
`define RANDOMIZE
`endif
`ifndef RANDOM
`define RANDOM $random
`endif
`ifdef RANDOMIZE_MEM_INIT
  integer initvar;
`endif
`ifndef SYNTHESIS
`ifdef FIRRTL_BEFORE_INITIAL
`FIRRTL_BEFORE_INITIAL
`endif
initial begin
  `ifdef RANDOMIZE
    `ifdef INIT_RANDOM
      `INIT_RANDOM
    `endif
    `ifndef VERILATOR
      `ifdef RANDOMIZE_DELAY
        #`RANDOMIZE_DELAY begin end
      `else
        #0.002 begin end
      `endif
    `endif
`ifdef RANDOMIZE_GARBAGE_ASSIGN
  _RAND_1 = {1{`RANDOM}};
  _RAND_2 = {1{`RANDOM}};
`endif // RANDOMIZE_GARBAGE_ASSIGN
`ifdef RANDOMIZE_MEM_INIT
  _RAND_0 = {1{`RANDOM}};
  for (initvar = 0; initvar < 18; initvar = initvar+1)
    memory[initvar] = _RAND_0[7:0];
`endif // RANDOMIZE_MEM_INIT
`ifdef RANDOMIZE_REG_INIT
  _RAND_3 = {1{`RANDOM}};
  memory_lsB_en_pipe_0 = _RAND_3[0:0];
  _RAND_4 = {1{`RANDOM}};
  memory_lsB_addr_pipe_0 = _RAND_4[4:0];
  _RAND_5 = {1{`RANDOM}};
  memory_msB_en_pipe_0 = _RAND_5[0:0];
  _RAND_6 = {1{`RANDOM}};
  memory_msB_addr_pipe_0 = _RAND_6[4:0];
  _RAND_7 = {1{`RANDOM}};
  leds = _RAND_7[15:0];
  _RAND_8 = {1{`RANDOM}};
  displayValue = _RAND_8[15:0];
  _RAND_9 = {1{`RANDOM}};
  switches = _RAND_9[15:0];
`endif // RANDOMIZE_REG_INIT
  `endif // RANDOMIZE
end // initial
`ifdef FIRRTL_AFTER_INITIAL
`FIRRTL_AFTER_INITIAL
`endif
`endif // SYNTHESIS
endmodule
module SevenSegDec(
  input  [3:0] io_in,
  output [6:0] io_out
);
  wire [6:0] _GEN_0 = 4'hf == io_in ? 7'h71 : 7'h0; // @[DisplayMultiplexer.scala 67:18 83:24 65:27]
  wire [6:0] _GEN_1 = 4'he == io_in ? 7'h79 : _GEN_0; // @[DisplayMultiplexer.scala 67:18 82:24]
  wire [6:0] _GEN_2 = 4'hd == io_in ? 7'h5e : _GEN_1; // @[DisplayMultiplexer.scala 67:18 81:24]
  wire [6:0] _GEN_3 = 4'hc == io_in ? 7'h39 : _GEN_2; // @[DisplayMultiplexer.scala 67:18 80:24]
  wire [6:0] _GEN_4 = 4'hb == io_in ? 7'h7c : _GEN_3; // @[DisplayMultiplexer.scala 67:18 79:24]
  wire [6:0] _GEN_5 = 4'ha == io_in ? 7'h77 : _GEN_4; // @[DisplayMultiplexer.scala 67:18 78:24]
  wire [6:0] _GEN_6 = 4'h9 == io_in ? 7'h6f : _GEN_5; // @[DisplayMultiplexer.scala 67:18 77:23]
  wire [6:0] _GEN_7 = 4'h8 == io_in ? 7'h7f : _GEN_6; // @[DisplayMultiplexer.scala 67:18 76:23]
  wire [6:0] _GEN_8 = 4'h7 == io_in ? 7'h7 : _GEN_7; // @[DisplayMultiplexer.scala 67:18 75:23]
  wire [6:0] _GEN_9 = 4'h6 == io_in ? 7'h7d : _GEN_8; // @[DisplayMultiplexer.scala 67:18 74:23]
  wire [6:0] _GEN_10 = 4'h5 == io_in ? 7'h6d : _GEN_9; // @[DisplayMultiplexer.scala 67:18 73:23]
  wire [6:0] _GEN_11 = 4'h4 == io_in ? 7'h66 : _GEN_10; // @[DisplayMultiplexer.scala 67:18 72:23]
  wire [6:0] _GEN_12 = 4'h3 == io_in ? 7'h4f : _GEN_11; // @[DisplayMultiplexer.scala 67:18 71:23]
  wire [6:0] _GEN_13 = 4'h2 == io_in ? 7'h5b : _GEN_12; // @[DisplayMultiplexer.scala 67:18 70:23]
  wire [6:0] _GEN_14 = 4'h1 == io_in ? 7'h6 : _GEN_13; // @[DisplayMultiplexer.scala 67:18 69:23]
  assign io_out = 4'h0 == io_in ? 7'h3f : _GEN_14; // @[DisplayMultiplexer.scala 67:18 68:23]
endmodule
module DisplayMultiplexer(
  input         clock,
  input         reset,
  input  [15:0] io_value,
  output [6:0]  io_display_segments,
  output [3:0]  io_display_selector
);
`ifdef RANDOMIZE_REG_INIT
  reg [31:0] _RAND_0;
  reg [31:0] _RAND_1;
`endif // RANDOMIZE_REG_INIT
  wire [3:0] sevenSegDec_io_in; // @[DisplayMultiplexer.scala 30:27]
  wire [6:0] sevenSegDec_io_out; // @[DisplayMultiplexer.scala 30:27]
  reg [16:0] countReg; // @[DisplayMultiplexer.scala 19:25]
  wire [16:0] _countReg_T_1 = countReg + 17'h1; // @[DisplayMultiplexer.scala 20:24]
  wire  tick = countReg == 17'h1869f; // @[DisplayMultiplexer.scala 21:23]
  reg [1:0] digitReg; // @[DisplayMultiplexer.scala 27:25]
  wire [1:0] _GEN_9 = {{1'd0}, tick}; // @[DisplayMultiplexer.scala 28:24]
  wire [1:0] _digitReg_T_1 = digitReg + _GEN_9; // @[DisplayMultiplexer.scala 28:24]
  wire [3:0] _GEN_1 = 2'h3 == digitReg ? io_value[15:12] : 4'h0; // @[DisplayMultiplexer.scala 34:20 32:21 48:25]
  wire [3:0] _GEN_2 = 2'h3 == digitReg ? 4'h8 : 4'h1; // @[DisplayMultiplexer.scala 34:20 49:14 15:27]
  wire [3:0] _GEN_3 = 2'h2 == digitReg ? io_value[11:8] : _GEN_1; // @[DisplayMultiplexer.scala 34:20 44:25]
  wire [3:0] _GEN_4 = 2'h2 == digitReg ? 4'h4 : _GEN_2; // @[DisplayMultiplexer.scala 34:20 45:14]
  wire [3:0] _GEN_5 = 2'h1 == digitReg ? io_value[7:4] : _GEN_3; // @[DisplayMultiplexer.scala 34:20 40:25]
  wire [3:0] _GEN_6 = 2'h1 == digitReg ? 4'h2 : _GEN_4; // @[DisplayMultiplexer.scala 34:20 41:14]
  wire [3:0] select = 2'h0 == digitReg ? 4'h1 : _GEN_6; // @[DisplayMultiplexer.scala 34:20 37:14]
  wire [6:0] sevSeg = sevenSegDec_io_out; // @[DisplayMultiplexer.scala 14:27 53:10]
  SevenSegDec sevenSegDec ( // @[DisplayMultiplexer.scala 30:27]
    .io_in(sevenSegDec_io_in),
    .io_out(sevenSegDec_io_out)
  );
  assign io_display_segments = ~sevSeg; // @[DisplayMultiplexer.scala 55:26]
  assign io_display_selector = ~select; // @[DisplayMultiplexer.scala 56:26]
  assign sevenSegDec_io_in = 2'h0 == digitReg ? io_value[3:0] : _GEN_5; // @[DisplayMultiplexer.scala 34:20 36:25]
  always @(posedge clock) begin
    if (reset) begin // @[DisplayMultiplexer.scala 19:25]
      countReg <= 17'h0; // @[DisplayMultiplexer.scala 19:25]
    end else if (tick) begin // @[DisplayMultiplexer.scala 23:15]
      countReg <= 17'h0; // @[DisplayMultiplexer.scala 24:14]
    end else begin
      countReg <= _countReg_T_1; // @[DisplayMultiplexer.scala 20:12]
    end
    if (reset) begin // @[DisplayMultiplexer.scala 27:25]
      digitReg <= 2'h0; // @[DisplayMultiplexer.scala 27:25]
    end else begin
      digitReg <= _digitReg_T_1; // @[DisplayMultiplexer.scala 28:12]
    end
  end
// Register and memory initialization
`ifdef RANDOMIZE_GARBAGE_ASSIGN
`define RANDOMIZE
`endif
`ifdef RANDOMIZE_INVALID_ASSIGN
`define RANDOMIZE
`endif
`ifdef RANDOMIZE_REG_INIT
`define RANDOMIZE
`endif
`ifdef RANDOMIZE_MEM_INIT
`define RANDOMIZE
`endif
`ifndef RANDOM
`define RANDOM $random
`endif
`ifdef RANDOMIZE_MEM_INIT
  integer initvar;
`endif
`ifndef SYNTHESIS
`ifdef FIRRTL_BEFORE_INITIAL
`FIRRTL_BEFORE_INITIAL
`endif
initial begin
  `ifdef RANDOMIZE
    `ifdef INIT_RANDOM
      `INIT_RANDOM
    `endif
    `ifndef VERILATOR
      `ifdef RANDOMIZE_DELAY
        #`RANDOMIZE_DELAY begin end
      `else
        #0.002 begin end
      `endif
    `endif
`ifdef RANDOMIZE_REG_INIT
  _RAND_0 = {1{`RANDOM}};
  countReg = _RAND_0[16:0];
  _RAND_1 = {1{`RANDOM}};
  digitReg = _RAND_1[1:0];
`endif // RANDOMIZE_REG_INIT
  `endif // RANDOMIZE
end // initial
`ifdef FIRRTL_AFTER_INITIAL
`FIRRTL_AFTER_INITIAL
`endif
`endif // SYNTHESIS
endmodule
module Elidon(
  input         clock,
  input         reset,
  output [15:0] io_leds,
  output [6:0]  io_display_segments,
  output [3:0]  io_display_selector,
  input  [15:0] io_switches
);
  wire  fetchStage_clock; // @[Main.scala 15:26]
  wire  fetchStage_reset; // @[Main.scala 15:26]
  wire  fetchStage_io_branch_enable; // @[Main.scala 15:26]
  wire [15:0] fetchStage_io_branch_pc; // @[Main.scala 15:26]
  wire [15:0] fetchStage_io_f2d_pc; // @[Main.scala 15:26]
  wire [15:0] fetchStage_io_f2d_instruction; // @[Main.scala 15:26]
  wire  decodeStage_clock; // @[Main.scala 16:27]
  wire  decodeStage_reset; // @[Main.scala 16:27]
  wire [15:0] decodeStage_io_f2d_pc; // @[Main.scala 16:27]
  wire [15:0] decodeStage_io_f2d_instruction; // @[Main.scala 16:27]
  wire [15:0] decodeStage_io_d2e_pc; // @[Main.scala 16:27]
  wire [15:0] decodeStage_io_d2e_instruction; // @[Main.scala 16:27]
  wire [15:0] decodeStage_io_d2e_rs1; // @[Main.scala 16:27]
  wire [15:0] decodeStage_io_d2e_rs2; // @[Main.scala 16:27]
  wire [15:0] decodeStage_io_m2w_rd; // @[Main.scala 16:27]
  wire [3:0] decodeStage_io_m2w_rdAdress; // @[Main.scala 16:27]
  wire  decodeStage_io_m2w_writeBack; // @[Main.scala 16:27]
  wire  executeStage_clock; // @[Main.scala 17:28]
  wire  executeStage_reset; // @[Main.scala 17:28]
  wire  executeStage_io_branch_enable; // @[Main.scala 17:28]
  wire [15:0] executeStage_io_branch_pc; // @[Main.scala 17:28]
  wire [15:0] executeStage_io_d2e_pc; // @[Main.scala 17:28]
  wire [15:0] executeStage_io_d2e_instruction; // @[Main.scala 17:28]
  wire [15:0] executeStage_io_d2e_rs1; // @[Main.scala 17:28]
  wire [15:0] executeStage_io_d2e_rs2; // @[Main.scala 17:28]
  wire [15:0] executeStage_io_e2m_resultOrAdress; // @[Main.scala 17:28]
  wire [15:0] executeStage_io_e2m_rdAdressOrStoreValue; // @[Main.scala 17:28]
  wire  executeStage_io_e2m_writeBack; // @[Main.scala 17:28]
  wire  executeStage_io_e2m_store; // @[Main.scala 17:28]
  wire  executeStage_io_e2m_load; // @[Main.scala 17:28]
  wire  memoryStage_clock; // @[Main.scala 18:27]
  wire [15:0] memoryStage_io_data_adress; // @[Main.scala 18:27]
  wire  memoryStage_io_data_read; // @[Main.scala 18:27]
  wire [15:0] memoryStage_io_data_readValue; // @[Main.scala 18:27]
  wire  memoryStage_io_data_write; // @[Main.scala 18:27]
  wire [15:0] memoryStage_io_data_writeValue; // @[Main.scala 18:27]
  wire [15:0] memoryStage_io_e2m_resultOrAdress; // @[Main.scala 18:27]
  wire [15:0] memoryStage_io_e2m_rdAdressOrStoreValue; // @[Main.scala 18:27]
  wire  memoryStage_io_e2m_writeBack; // @[Main.scala 18:27]
  wire  memoryStage_io_e2m_store; // @[Main.scala 18:27]
  wire  memoryStage_io_e2m_load; // @[Main.scala 18:27]
  wire [15:0] memoryStage_io_m2w_rd; // @[Main.scala 18:27]
  wire [3:0] memoryStage_io_m2w_rdAdress; // @[Main.scala 18:27]
  wire  memoryStage_io_m2w_writeBack; // @[Main.scala 18:27]
  wire  dataMemory_clock; // @[Main.scala 30:26]
  wire  dataMemory_reset; // @[Main.scala 30:26]
  wire [15:0] dataMemory_io_data_adress; // @[Main.scala 30:26]
  wire  dataMemory_io_data_read; // @[Main.scala 30:26]
  wire [15:0] dataMemory_io_data_readValue; // @[Main.scala 30:26]
  wire  dataMemory_io_data_write; // @[Main.scala 30:26]
  wire [15:0] dataMemory_io_data_writeValue; // @[Main.scala 30:26]
  wire [15:0] dataMemory_io_leds; // @[Main.scala 30:26]
  wire [15:0] dataMemory_io_displayValue; // @[Main.scala 30:26]
  wire [15:0] dataMemory_io_switches; // @[Main.scala 30:26]
  wire  displayMultiplexer_clock; // @[Main.scala 36:34]
  wire  displayMultiplexer_reset; // @[Main.scala 36:34]
  wire [15:0] displayMultiplexer_io_value; // @[Main.scala 36:34]
  wire [6:0] displayMultiplexer_io_display_segments; // @[Main.scala 36:34]
  wire [3:0] displayMultiplexer_io_display_selector; // @[Main.scala 36:34]
  FetchStage fetchStage ( // @[Main.scala 15:26]
    .clock(fetchStage_clock),
    .reset(fetchStage_reset),
    .io_branch_enable(fetchStage_io_branch_enable),
    .io_branch_pc(fetchStage_io_branch_pc),
    .io_f2d_pc(fetchStage_io_f2d_pc),
    .io_f2d_instruction(fetchStage_io_f2d_instruction)
  );
  DecodeStage decodeStage ( // @[Main.scala 16:27]
    .clock(decodeStage_clock),
    .reset(decodeStage_reset),
    .io_f2d_pc(decodeStage_io_f2d_pc),
    .io_f2d_instruction(decodeStage_io_f2d_instruction),
    .io_d2e_pc(decodeStage_io_d2e_pc),
    .io_d2e_instruction(decodeStage_io_d2e_instruction),
    .io_d2e_rs1(decodeStage_io_d2e_rs1),
    .io_d2e_rs2(decodeStage_io_d2e_rs2),
    .io_m2w_rd(decodeStage_io_m2w_rd),
    .io_m2w_rdAdress(decodeStage_io_m2w_rdAdress),
    .io_m2w_writeBack(decodeStage_io_m2w_writeBack)
  );
  ExecuteStage executeStage ( // @[Main.scala 17:28]
    .clock(executeStage_clock),
    .reset(executeStage_reset),
    .io_branch_enable(executeStage_io_branch_enable),
    .io_branch_pc(executeStage_io_branch_pc),
    .io_d2e_pc(executeStage_io_d2e_pc),
    .io_d2e_instruction(executeStage_io_d2e_instruction),
    .io_d2e_rs1(executeStage_io_d2e_rs1),
    .io_d2e_rs2(executeStage_io_d2e_rs2),
    .io_e2m_resultOrAdress(executeStage_io_e2m_resultOrAdress),
    .io_e2m_rdAdressOrStoreValue(executeStage_io_e2m_rdAdressOrStoreValue),
    .io_e2m_writeBack(executeStage_io_e2m_writeBack),
    .io_e2m_store(executeStage_io_e2m_store),
    .io_e2m_load(executeStage_io_e2m_load)
  );
  MemoryStage memoryStage ( // @[Main.scala 18:27]
    .clock(memoryStage_clock),
    .io_data_adress(memoryStage_io_data_adress),
    .io_data_read(memoryStage_io_data_read),
    .io_data_readValue(memoryStage_io_data_readValue),
    .io_data_write(memoryStage_io_data_write),
    .io_data_writeValue(memoryStage_io_data_writeValue),
    .io_e2m_resultOrAdress(memoryStage_io_e2m_resultOrAdress),
    .io_e2m_rdAdressOrStoreValue(memoryStage_io_e2m_rdAdressOrStoreValue),
    .io_e2m_writeBack(memoryStage_io_e2m_writeBack),
    .io_e2m_store(memoryStage_io_e2m_store),
    .io_e2m_load(memoryStage_io_e2m_load),
    .io_m2w_rd(memoryStage_io_m2w_rd),
    .io_m2w_rdAdress(memoryStage_io_m2w_rdAdress),
    .io_m2w_writeBack(memoryStage_io_m2w_writeBack)
  );
  DataMemory dataMemory ( // @[Main.scala 30:26]
    .clock(dataMemory_clock),
    .reset(dataMemory_reset),
    .io_data_adress(dataMemory_io_data_adress),
    .io_data_read(dataMemory_io_data_read),
    .io_data_readValue(dataMemory_io_data_readValue),
    .io_data_write(dataMemory_io_data_write),
    .io_data_writeValue(dataMemory_io_data_writeValue),
    .io_leds(dataMemory_io_leds),
    .io_displayValue(dataMemory_io_displayValue),
    .io_switches(dataMemory_io_switches)
  );
  DisplayMultiplexer displayMultiplexer ( // @[Main.scala 36:34]
    .clock(displayMultiplexer_clock),
    .reset(displayMultiplexer_reset),
    .io_value(displayMultiplexer_io_value),
    .io_display_segments(displayMultiplexer_io_display_segments),
    .io_display_selector(displayMultiplexer_io_display_selector)
  );
  assign io_leds = dataMemory_io_leds; // @[Main.scala 35:11]
  assign io_display_segments = displayMultiplexer_io_display_segments; // @[Main.scala 38:14]
  assign io_display_selector = displayMultiplexer_io_display_selector; // @[Main.scala 38:14]
  assign fetchStage_clock = clock;
  assign fetchStage_reset = reset;
  assign fetchStage_io_branch_enable = executeStage_io_branch_enable; // @[Main.scala 27:24]
  assign fetchStage_io_branch_pc = executeStage_io_branch_pc; // @[Main.scala 27:24]
  assign decodeStage_clock = clock;
  assign decodeStage_reset = reset;
  assign decodeStage_io_f2d_pc = fetchStage_io_f2d_pc; // @[Main.scala 21:22]
  assign decodeStage_io_f2d_instruction = fetchStage_io_f2d_instruction; // @[Main.scala 21:22]
  assign decodeStage_io_m2w_rd = memoryStage_io_m2w_rd; // @[Main.scala 24:22]
  assign decodeStage_io_m2w_rdAdress = memoryStage_io_m2w_rdAdress; // @[Main.scala 24:22]
  assign decodeStage_io_m2w_writeBack = memoryStage_io_m2w_writeBack; // @[Main.scala 24:22]
  assign executeStage_clock = clock;
  assign executeStage_reset = reset;
  assign executeStage_io_d2e_pc = decodeStage_io_d2e_pc; // @[Main.scala 22:23]
  assign executeStage_io_d2e_instruction = decodeStage_io_d2e_instruction; // @[Main.scala 22:23]
  assign executeStage_io_d2e_rs1 = decodeStage_io_d2e_rs1; // @[Main.scala 22:23]
  assign executeStage_io_d2e_rs2 = decodeStage_io_d2e_rs2; // @[Main.scala 22:23]
  assign memoryStage_clock = clock;
  assign memoryStage_io_data_readValue = dataMemory_io_data_readValue; // @[Main.scala 31:23]
  assign memoryStage_io_e2m_resultOrAdress = executeStage_io_e2m_resultOrAdress; // @[Main.scala 23:22]
  assign memoryStage_io_e2m_rdAdressOrStoreValue = executeStage_io_e2m_rdAdressOrStoreValue; // @[Main.scala 23:22]
  assign memoryStage_io_e2m_writeBack = executeStage_io_e2m_writeBack; // @[Main.scala 23:22]
  assign memoryStage_io_e2m_store = executeStage_io_e2m_store; // @[Main.scala 23:22]
  assign memoryStage_io_e2m_load = executeStage_io_e2m_load; // @[Main.scala 23:22]
  assign dataMemory_clock = clock;
  assign dataMemory_reset = reset;
  assign dataMemory_io_data_adress = memoryStage_io_data_adress; // @[Main.scala 31:23]
  assign dataMemory_io_data_read = memoryStage_io_data_read; // @[Main.scala 31:23]
  assign dataMemory_io_data_write = memoryStage_io_data_write; // @[Main.scala 31:23]
  assign dataMemory_io_data_writeValue = memoryStage_io_data_writeValue; // @[Main.scala 31:23]
  assign dataMemory_io_switches = io_switches; // @[Main.scala 34:26]
  assign displayMultiplexer_clock = clock;
  assign displayMultiplexer_reset = reset;
  assign displayMultiplexer_io_value = dataMemory_io_displayValue; // @[Main.scala 37:31]
endmodule